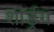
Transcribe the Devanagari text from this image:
शार्ङ्र्ग